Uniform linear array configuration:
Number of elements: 64
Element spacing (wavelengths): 0.25
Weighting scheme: exponential
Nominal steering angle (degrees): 45
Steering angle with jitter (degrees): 45.641
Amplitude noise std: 0.05
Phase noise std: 0.05

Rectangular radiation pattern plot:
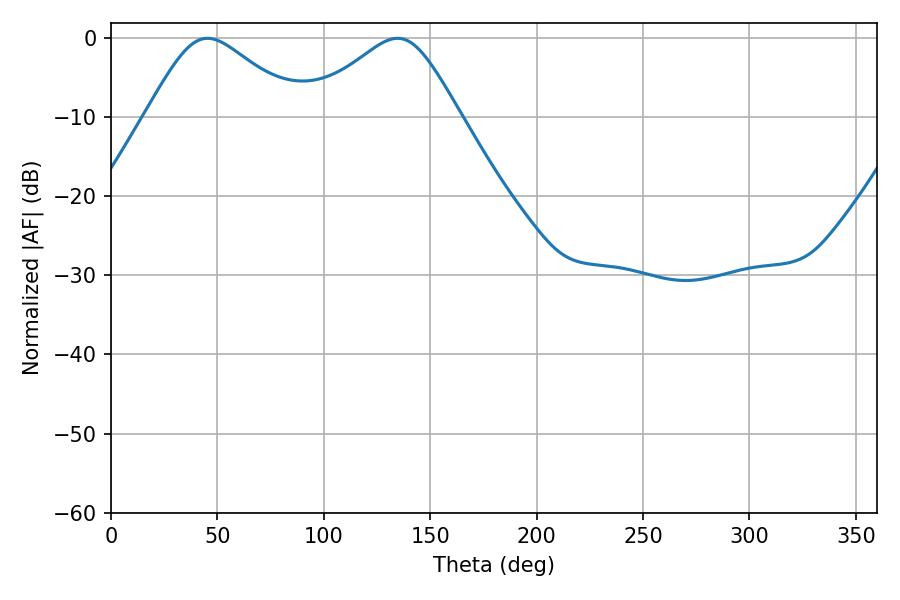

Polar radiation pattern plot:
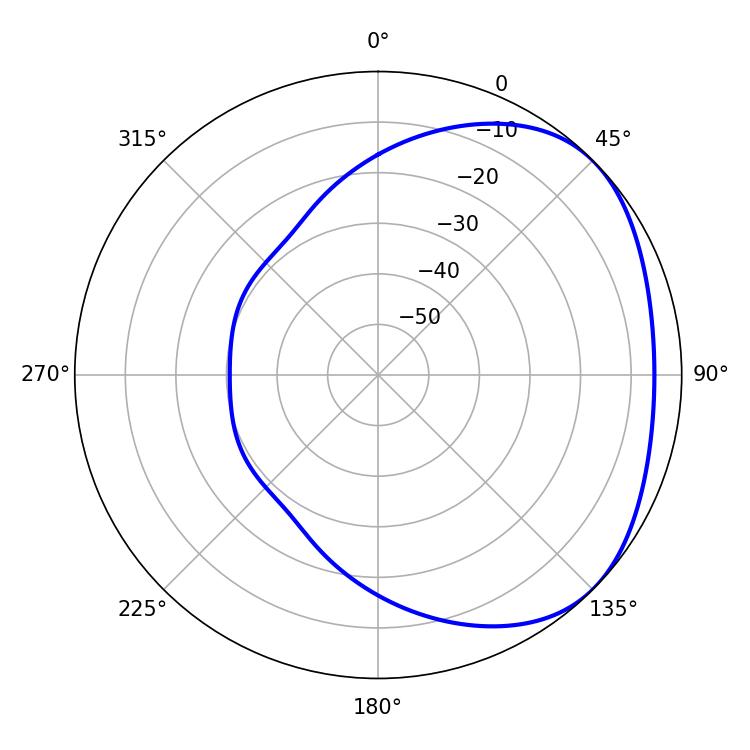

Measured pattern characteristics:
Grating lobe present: FALSE
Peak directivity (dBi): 2.762
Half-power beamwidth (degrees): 35.46
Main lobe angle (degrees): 45.36